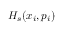
H _ { s } ( x _ { i } , p _ { i } )